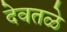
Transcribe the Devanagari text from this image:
देवतळे